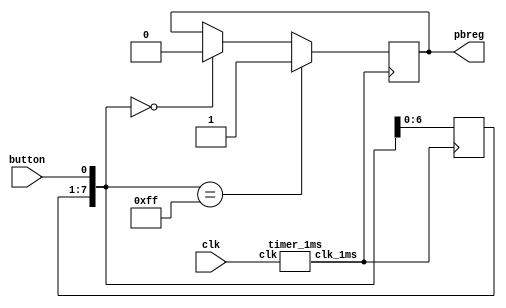
`timescale 1ns / 1ps
//////////////////////////////////////////////////////////////////////////////////
// Company: 
// Engineer: 
// 
// Design Name: 
// Module Name:    anti_jitter 
// Project Name: 
// Target Devices: 
// Tool versions: 
// Description: 
//
// Dependencies: 
//
// Revision: 
// Revision 0.01 - File Created
// Additional Comments: 
//
//////////////////////////////////////////////////////////////////////////////////
module anti_jitter
	(input wire clk,
	input wire button,
	output reg pbreg);
	
	reg [7:0] pbshift;
	wire clk_1ms;
	timer_1ms m0(clk, clk_1ms);
	always@(posedge clk_1ms) begin
	pbshift=pbshift<<1;//1
	pbshift[0]=button;
	if (pbshift==0)
	pbreg=0;
	if (pbshift==8'hFF)// pbshift1
	pbreg=1;
end
endmodule

module timer_1ms
	(input wire clk,
	output reg clk_1ms);
	
	reg [31:0] cnt;
	initial begin
	cnt [31:0] <=0;
	clk_1ms <= 0;
	end
	always@(posedge clk)
	if(cnt>=50000) begin
	cnt<=0;
	clk_1ms <= ~clk_1ms;
	end
	else begin
	cnt<=cnt+1;
	end
endmodule